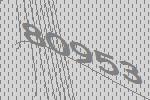
80953